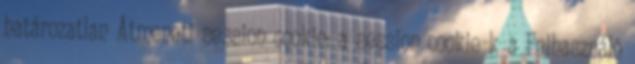
határozatlan Átmeneti session cookie: a session cookie-k a Felhasználó